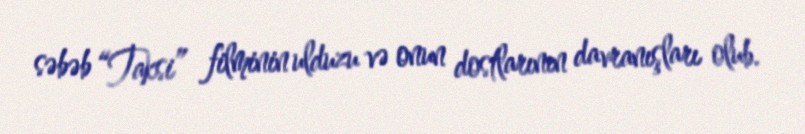
səbəb “Taksi” filminin ulduzu və onun dostlarının davranışları olub.